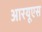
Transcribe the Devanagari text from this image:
आरयूएस